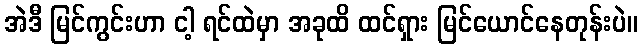
အဲဒီ မြင်ကွင်းဟာ ငါ့ ရင်ထဲမှာ အခုထိ ထင်ရှား မြင်ယောင်နေတုန်းပဲ။